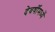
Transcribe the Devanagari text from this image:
देवर्षीमध्यें